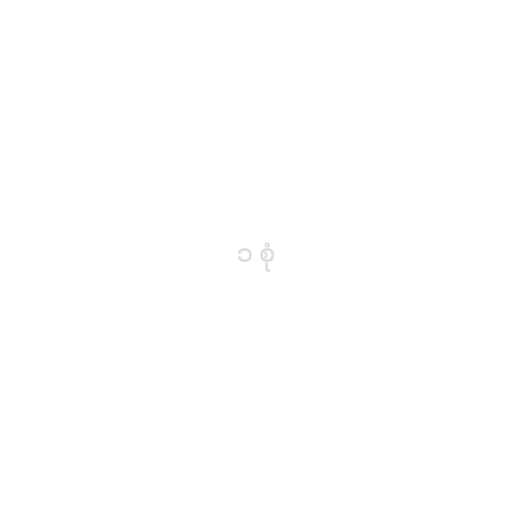
၁ စုံ